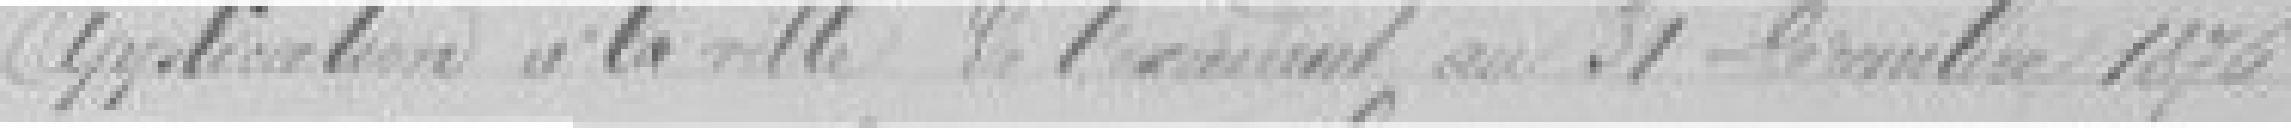
15. Application à la ville de l'excédant au 31 décembre 1876